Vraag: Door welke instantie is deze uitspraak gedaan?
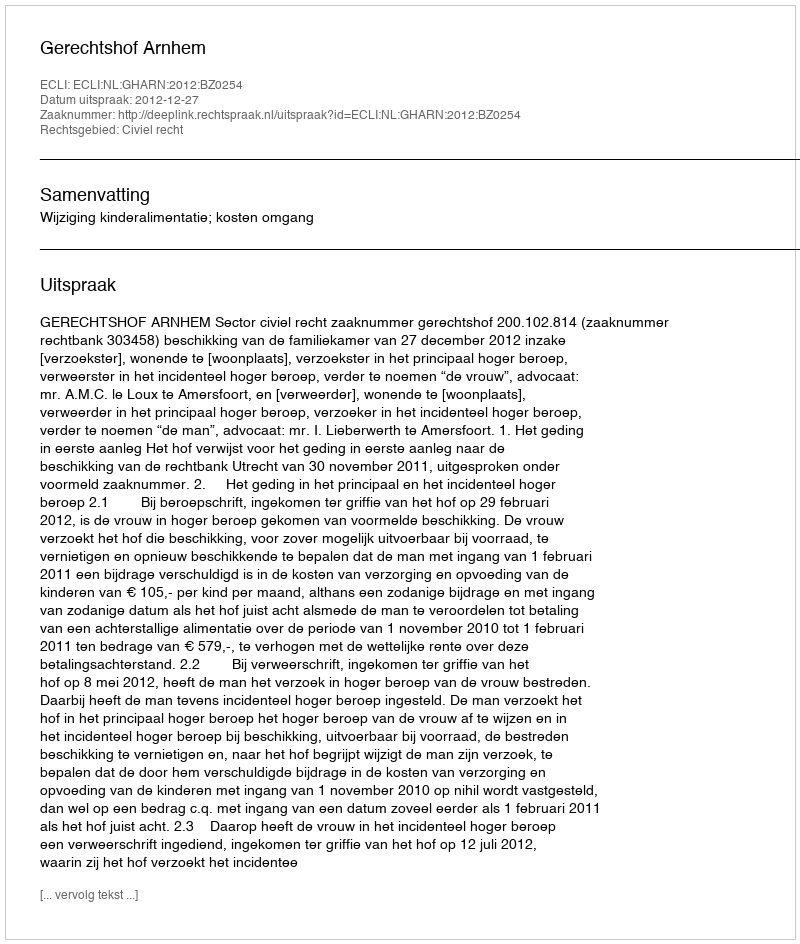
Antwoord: Gerechtshof Arnhem